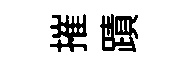
摧蹟